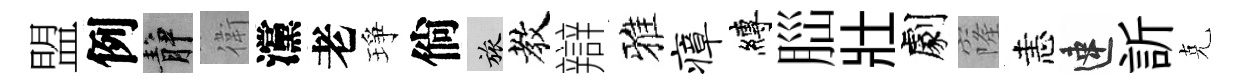
盟例静衛灙老琤倘旅教辯雅瘴縛𦛁壯劇窿恚速訢克